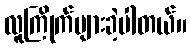
လူကြိုက်များခဲ့ပါတယ်။